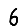
Digit: 6